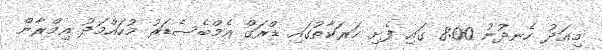
މިއަދު ހެނދުނު 8:00 ގައި ފެށި ހަރަކާތުގައި ޑްރަގް އެމްބެސެޑަރު މުހައްމަދު އިމްރާން